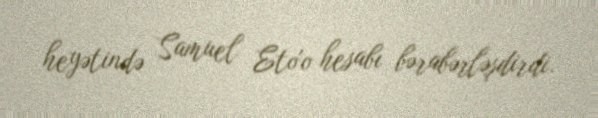
heyətində Samuel Eto'o hesabı bərabərləşdirdi.